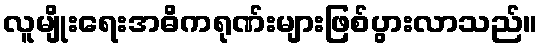
လူမျိုးရေးအဓိကရုဏ်းများဖြစ်ပွားလာသည်။